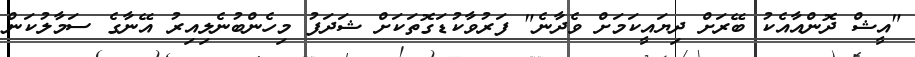
"އީޝް ދޮންއާއެކު ބޭރަށް ދިޔައީކަމަށް ވެދާނެ" ފަރުވާކުޑަގޮތަކަށް ޝަދަފު މިހެންބުނެލިއިރު އޭނާގެ ސަމާލުކަން